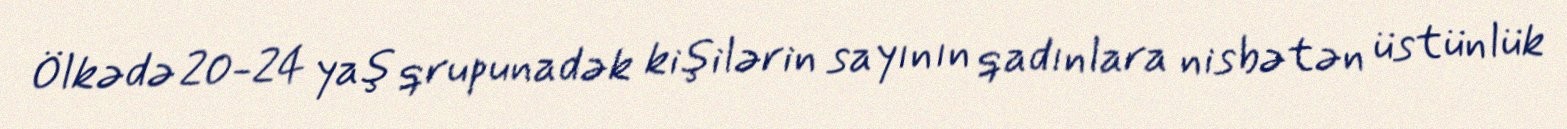
Ölkədə 20-24 yaş qrupunadək kişilərin sayının qadınlara nisbətən üstünlük